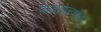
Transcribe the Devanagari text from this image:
तिमोशेन्कोवर